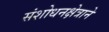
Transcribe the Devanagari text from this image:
संशोधनक्षेत्राने